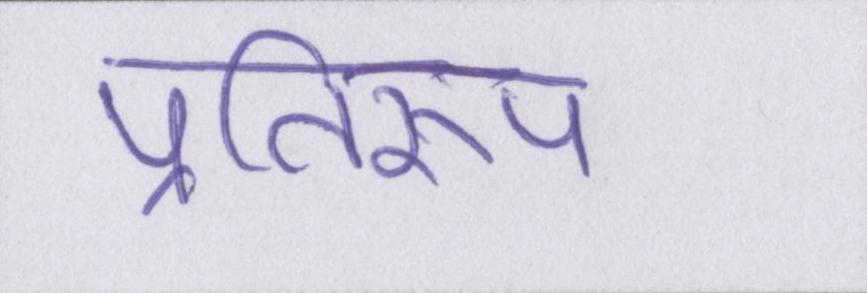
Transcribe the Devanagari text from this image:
प्रतिरूप